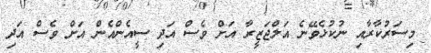
މިސަރުކާރާއި ނުކުޅެވޭނެ އަލްޖަޒީރާ އަށް ވެސް އަދި ސީއެންއެން އަށް ވެސް އަދި